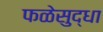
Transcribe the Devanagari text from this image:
फळेसुद्धा